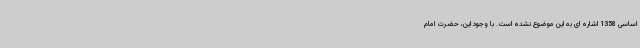
اساسی 1358 اشاره ای به این موضوع نشده است. با وجود این، حضرت امام